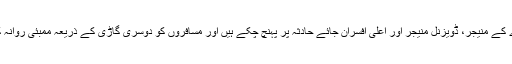
وسطی ریلوے کے منیجر، ڈویزنل منیجر اور اعلی افسران جائے حادثہ پر پہنچ چکے ہیں اور مسافروں کو دوسری گاڑی کے ذریعہ ممبئی روانہ کیا جارہا ہے۔